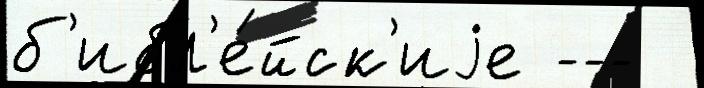
б'ибл'е́йск'иjе ---